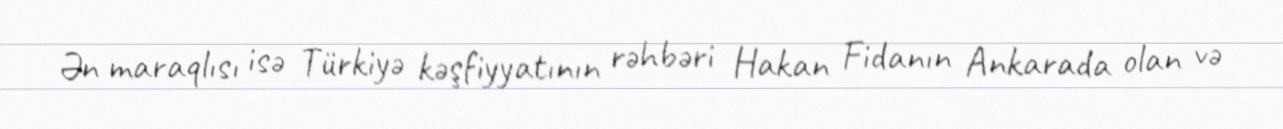
Ən maraqlısı isə Türkiyə kəşfiyyatının rəhbəri Hakan Fidanın Ankarada olan və